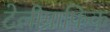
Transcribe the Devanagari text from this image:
टेलीग्राफिक